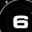
Digit: 6